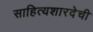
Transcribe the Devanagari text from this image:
साहित्यशारदेची